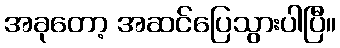
အခုတော့ အဆင်ပြေသွားပါပြီ။